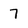
Character: 7